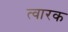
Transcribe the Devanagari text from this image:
त्वारक